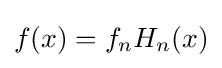
f(x)=f_{n}H_{n}(x)